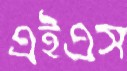
এইএস